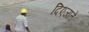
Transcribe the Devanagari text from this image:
दिएजाते